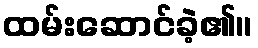
ထမ်းဆောင်ခဲ့၏။